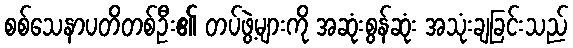
စစ်သေနာပတိတစ်ဦး၏ တပ်ဖွဲ့များကို အဆုံးစွန်ဆုံး အသုံးချခြင်းသည်